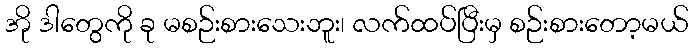
အို ဒါတွေကို ခု မစဉ်းစားသေးဘူး၊ လက်ထပ်ပြီးမှ စဉ်းစားတော့မယ်